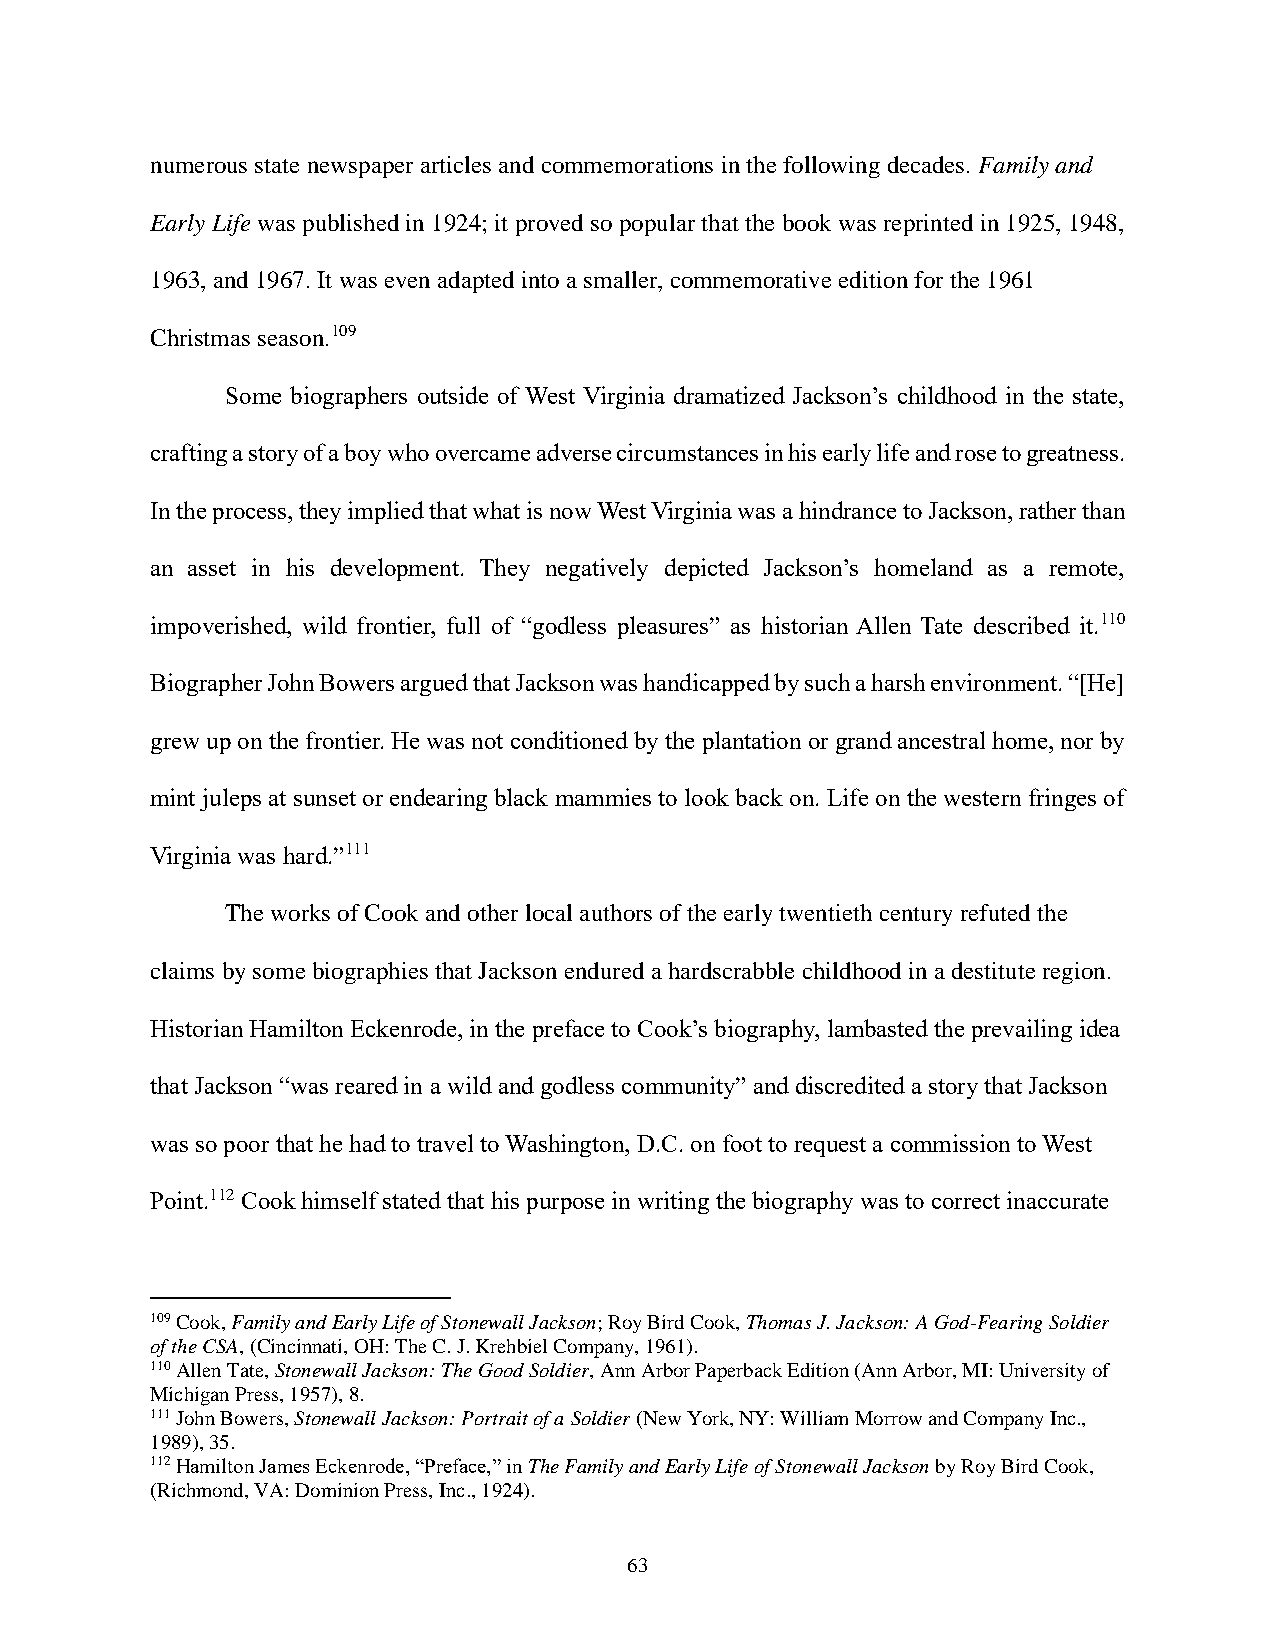
numerous state newspaper articles and commemorations in the following decades. Family and
 Early Life was published in 1924; it proved so popular that the book was reprinted in 1925, 1948,
 1963, and 1967. It was even adapted into a smaller, commemorative edition for the 1961
 Christmas season.109
 Some biographers outside of West Virginia dramatized Jackson’s childhood in the state,
 crafting a story of a boy who overcame adverse circumstances in his early life and rose to greatness.
 In the process, they implied that what is now West Virginia was a hindrance to Jackson, rather than
 an asset in his development. They negatively depicted Jackson’s homeland as a remote,
 impoverished, wild frontier, full of “godless pleasures” as historian Allen Tate described it.110
 Biographer John Bowers argued that Jackson was handicapped by such a harsh environment. “[He]
 grew up on the frontier. He was not conditioned by the plantation or grand ancestral home, nor by
 mint juleps at sunset or endearing black mammies to look back on. Life on the western fringes of
 Virginia was hard.”111
 The works of Cook and other local authors of the early twentieth century refuted the
 claims by some biographies that Jackson endured a hardscrabble childhood in a destitute region.
 Historian Hamilton Eckenrode, in the preface to Cook’s biography, lambasted the prevailing idea
 that Jackson “was reared in a wild and godless community” and discredited a story that Jackson
 was so poor that he had to travel to Washington, D.C. on foot to request a commission to West
 Point.112 Cook himself stated that his purpose in writing the biography was to correct inaccurate
 109 Cook, Family and Early Life of Stonewall Jackson; Roy Bird Cook, Thomas J. Jackson: A God-Fearing Soldier
 of the CSA, (Cincinnati, OH: The C. J. Krehbiel Company, 1961).
 110 Allen Tate, Stonewall Jackson: The Good Soldier, Ann Arbor Paperback Edition (Ann Arbor, MI: University of
 Michigan Press, 1957), 8.
 111 John Bowers, Stonewall Jackson: Portrait of a Soldier (New York, NY: William Morrow and Company Inc.,
 1989), 35.
 112 Hamilton James Eckenrode, “Preface,” in The Family and Early Life of Stonewall Jackson by Roy Bird Cook,
 (Richmond, VA: Dominion Press, Inc., 1924).
 63